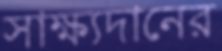
সাক্ষ্যদানের